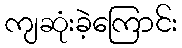
ကျဆုံးခဲ့ကြောင်း